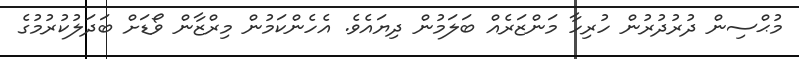
މުޙްސިން ދުރުދުރުން ހުރިހާ މަންޒަރެއް ބަލަމުން ދިޔައެވެ. އެހެންކަމުން މިރްޒާން ވޯޑަށް ބަދަލުކުރުމުގެ